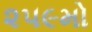
૨૫૯મો